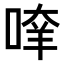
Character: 𠶿